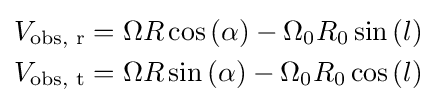
{\begin{aligned}&V_{\text{obs, r}}=\Omega R\cos \left(\alpha \right)-\Omega _{0}R_{0}\sin \left(l\right)\\&V_{\text{obs, t}}=\Omega R\sin \left(\alpha \right)-\Omega _{0}R_{0}\cos \left(l\right)\\\end{aligned}}